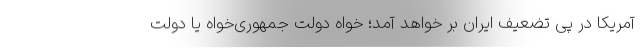
آمریکا در پی تضعیف ایران بر خواهد آمد؛ خواه دولت جمهوری‌خواه یا دولت